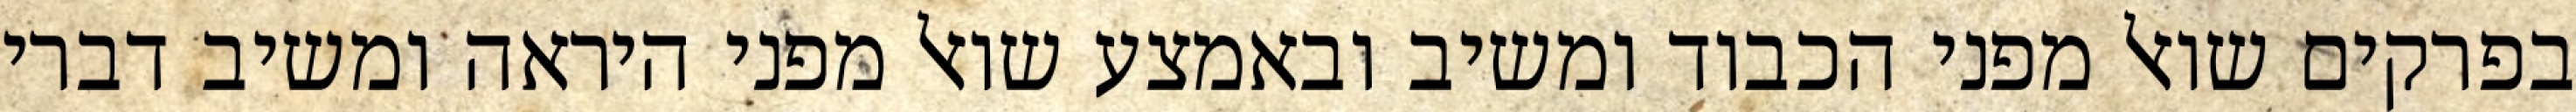
בפרקים שואל מפני הכבוד ומשיב ובאמצע שואל מפני היראה ומשיב דברי